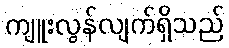
ကျူးလွန်လျက်ရှိသည်